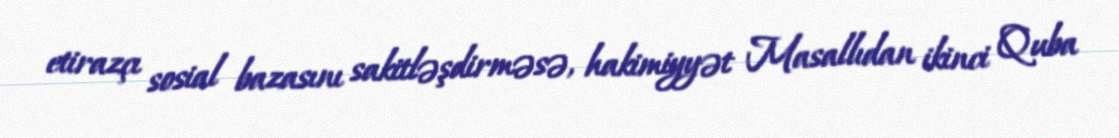
etirazçı sosial bazasını sakitləşdirməsə, hakimiyyət Masallıdan ikinci Quba